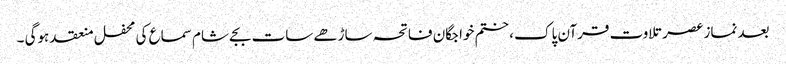
بعد نماز عصر تلاوت قرآن پاک ، ختم خواجگان فاتحہ ساڑھے سات بجے شام سماع کی محفل منعقد ہوگی ۔